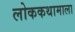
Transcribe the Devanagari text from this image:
लोककथामाला